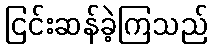
ငြင်းဆန်ခဲ့ကြသည်